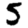
Digit: 5